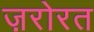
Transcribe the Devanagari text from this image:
ज़रोरत